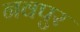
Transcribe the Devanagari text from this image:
नवपुर